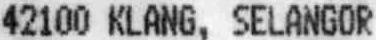
42100 KLANG, SELANGOR